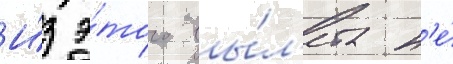
И́з э́того вы́л'ета н'е́